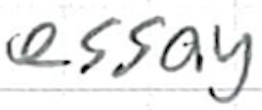
Text: essay
Cross-out: clean
Writing tool: ballpoint